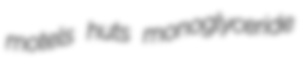
motels huts monoglyceride